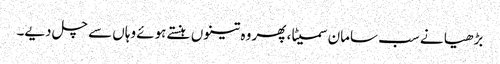
بڑھیا نے سب سامان سمیٹا، پھر وہ تینوں ہنستے ہوئے وہاں سے چل دیے۔